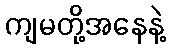
ကျမတို့အနေနဲ့